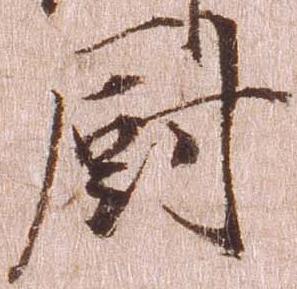
厨